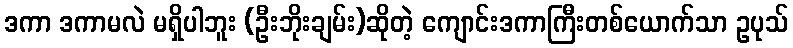
ဒကာ ဒကာမလဲ မရှိပါဘူး (ဦးဘိုးချမ်း)ဆိုတဲ့ ကျောင်းဒကာကြီးတစ်ယောက်သာ ဥပုသ်